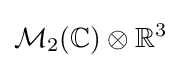
{\mathcal {M}}_{2}(\mathbb {C} )\otimes \mathbb {R} ^{3}